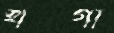
খড্গী